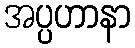
အပ္ပဟာနာ